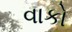
વાકો